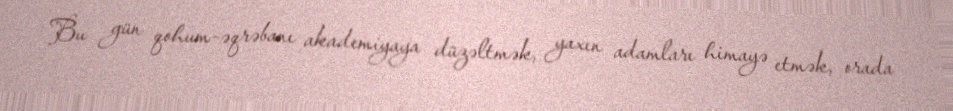
Bu gün qohum-əqrəbanı akademiyaya düzəltmək, yaxın adamları himayə etmək, orada